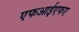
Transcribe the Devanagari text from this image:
एफआईएफए